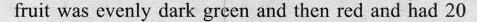
fruit was evenly dark green and then red and had 20